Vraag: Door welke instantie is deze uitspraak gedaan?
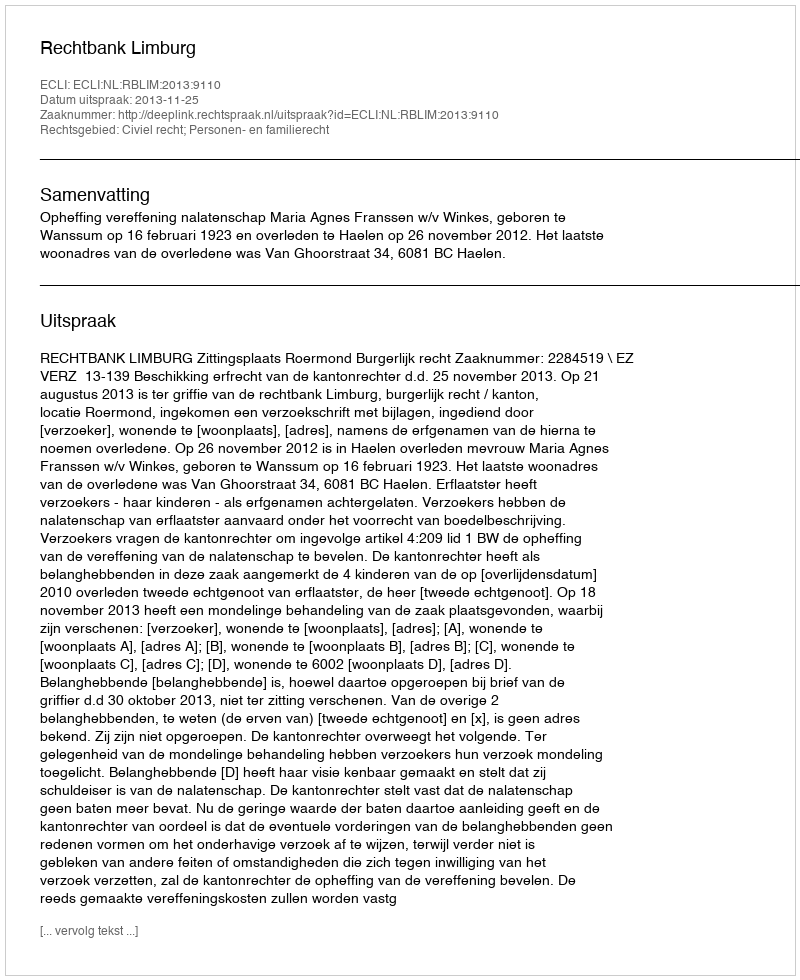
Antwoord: Rechtbank Limburg